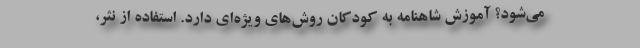
می‌شود؟ آموزش شاهنامه به کودکان روش‌های ویژه‌ای دارد. استفاده از نثر،